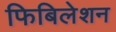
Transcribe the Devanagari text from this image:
फिबिलेशन